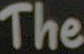
The